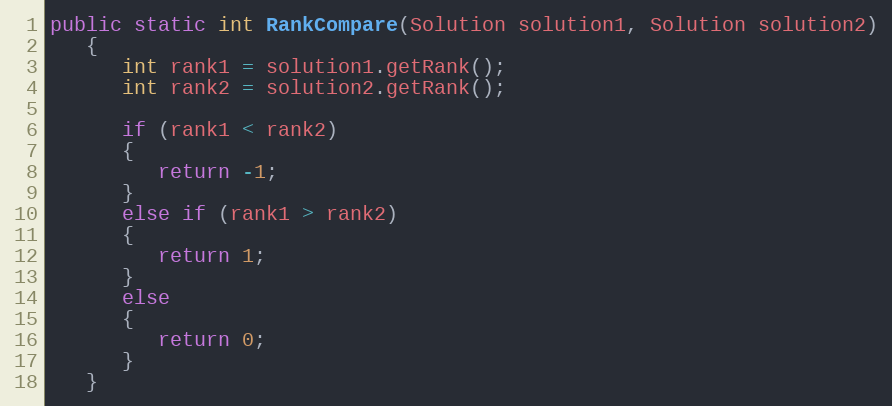
Language: Java
public static int RankCompare(Solution solution1, Solution solution2)
   {
      int rank1 = solution1.getRank();
      int rank2 = solution2.getRank();

      if (rank1 < rank2)
      {
         return -1;
      }
      else if (rank1 > rank2)
      {
         return 1;
      }
      else
      {
         return 0;
      }
   }